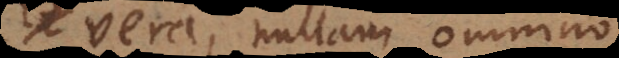
vera, nullam omnino